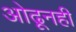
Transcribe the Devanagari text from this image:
ओढूनही